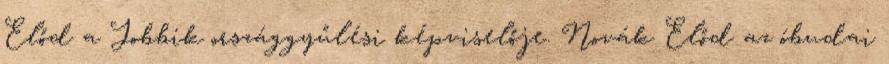
Előd a Jobbik országgyűlési képviselője. Novák Előd az óbudai